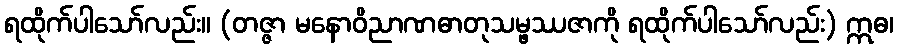
ရထိုက်ပါသော်လည်း။ (တဇ္ဇာ မနောဝိညာဏဓာတုသမ္ဖဿဇာကို ရထိုက်ပါသော်လည်း) ဣဓ၊